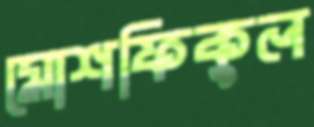
মোশফিকুল